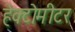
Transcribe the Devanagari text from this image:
हेक्टोमीटर